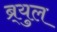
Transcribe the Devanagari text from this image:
ब्र्युल